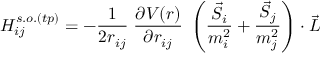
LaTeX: H _ { i j } ^ { s . o . ( t p ) } = - { \frac { 1 } { 2 r _ { i j } } } \; { \frac { \partial V ( r ) } { \partial r _ { i j } } } \; \left( { { \frac { \vec { S } _ { i } } { m _ { i } ^ { 2 } } } + { \frac { \vec { S } _ { j } } { m _ { j } ^ { 2 } } } } \right) \cdot \vec { L }